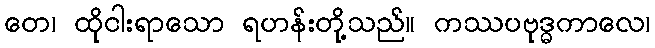
တေ၊ ထိုငါးရာသော ရဟန်းတို့သည်။ ကဿပဗုဒ္ဓကာလေ၊